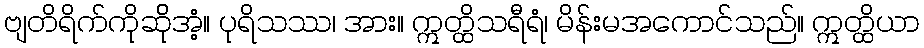
ဗျတိရိက်ကိုဆ်ိုအံ့။ ပုရိသဿ၊ အား။ ဣတ္ထိသရီရံ၊ မိန်းမအကောင်သည်။ ဣတ္ထိယာ